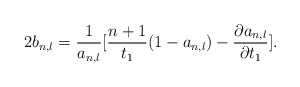
\begin{align*}2b_{n,l}=\frac{1}{a_{n,l}}[\frac{n+1}{t_{1}}(1-a_{n,l})-\frac{\partial a_{n,l}}{\partial t_{1}}].\end{align*}